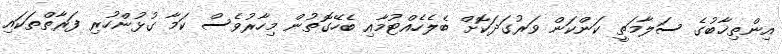
އިންތިޚާބުގެ ސަލާމަތީ ކަންކަން ވަރުގަދަކޮށް ބެލެހެއްޓުމާއި ބެހޭގޮތުން މިހާރުވެސް ކަމާ ގުޅުންހުރި ފަރާތްތަކައި